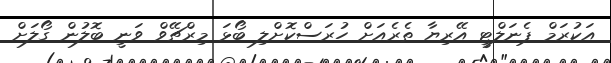
އަކުރަމް ޕެނަލްޓީ އޭރިޔާ ތެރެއަށް ހުރަސްކޮށްލި ބޯޅަ މިރްޗޭވް ވަނީ ބޮލުން ގޯލަށް